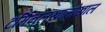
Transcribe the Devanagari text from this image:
टर्मिनलखालोखाल